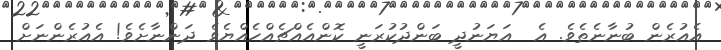
އެއުރެން ބުނާނެތެވެ. އެ  އަޔަނުދީ ބަންދުކުރަނީ ކޮންއެއްޗެއްހެއްޔެވެ ދަންނާށެވެ! އެއުރެންނަށް